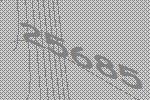
25685